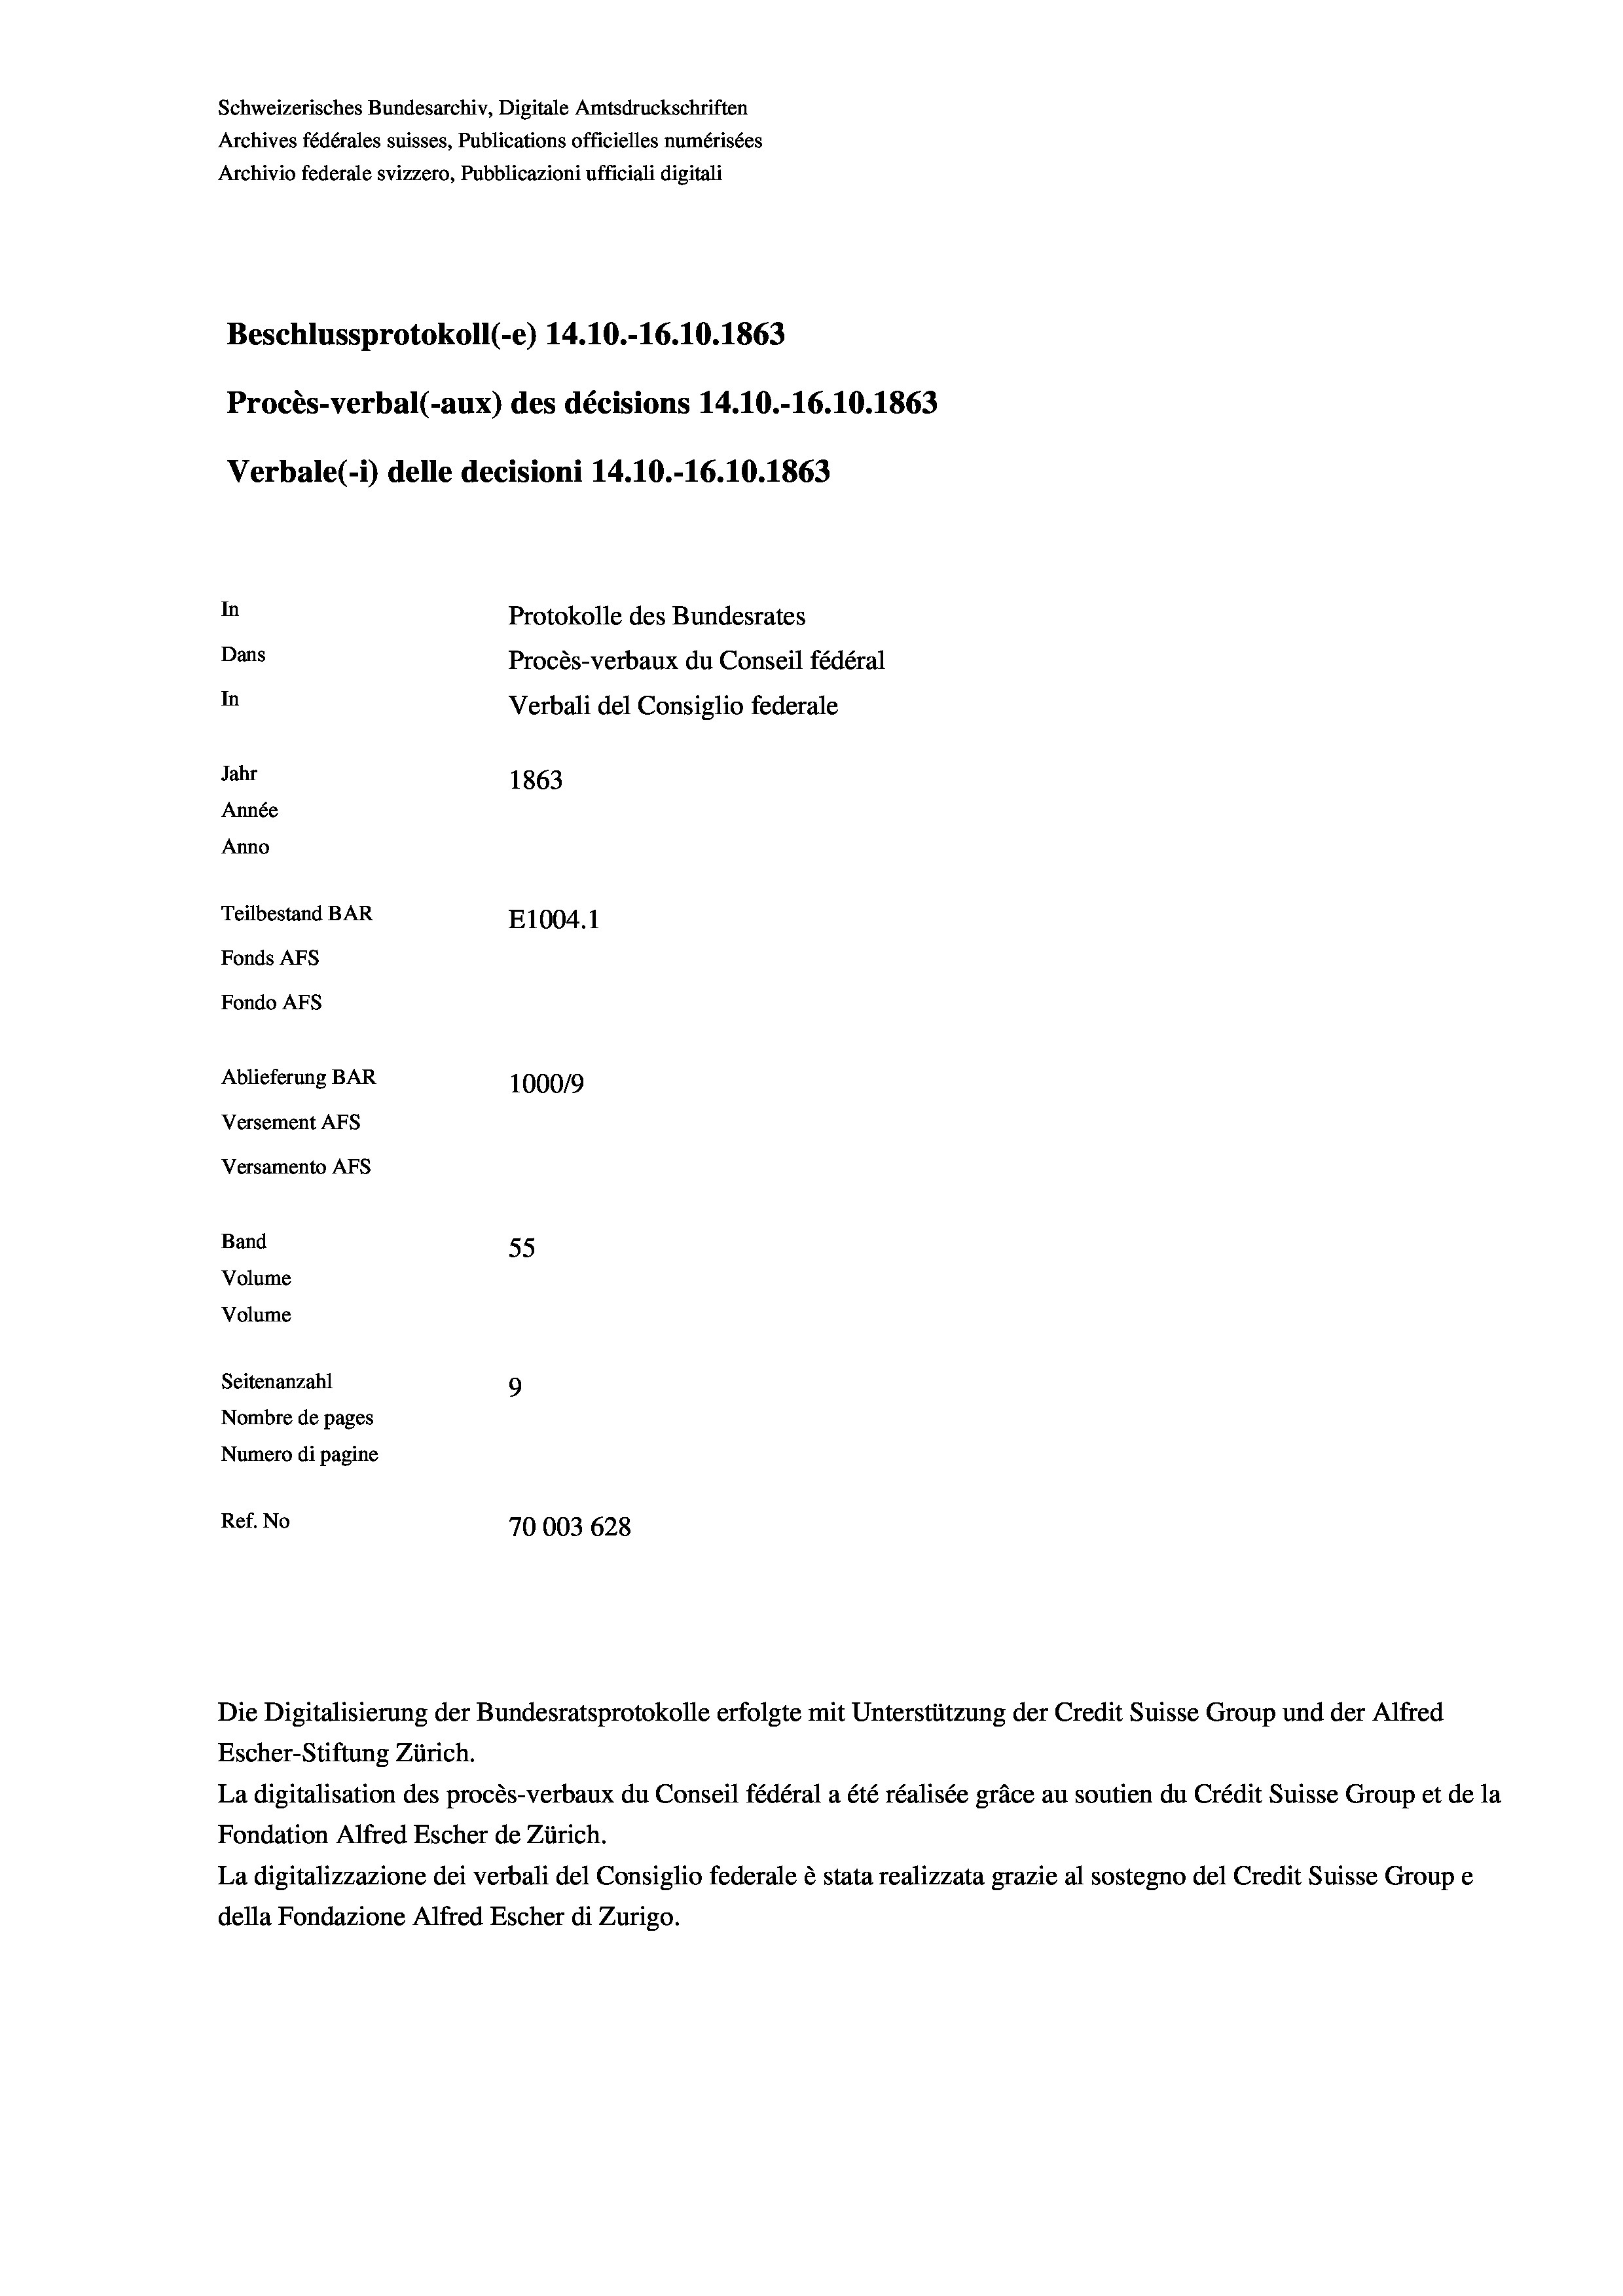
Schweizerisches Bundesarchiv, Digitale Amtsdruckschriften
Archives fédérales suisses, Publications officielles numérisées
Archivio federale svizzero, Pubblicazioni ufficiali digitali
Beschlussprotokoll (-e) 14.10.-16.10. 1863
Procès-verbal (-aux) des décisions 14.10.-16.10.1863
Verbale(-*) delle decisioni 14.10.-16.10.1863
In
Protokolle des Bundesrates
Dans
Procès-verbaux du Conseil fédéral
In
Verbali del Consiglio federale
Jahr
1863
Année
Anno
Teilbestand BAR
E1004.1
Fonds AFs
Fondo AFs
Ablieferung BAR
1000/9
Versement As
Versamento AFs

55
Seitenanzahl
9
Nombre de pages
Numero di pagine
Ref. No
70003 628

Band
Volume
Volume

Escher-Stiftung Zürich.
La digitalisation des procès-verbaux du Conseil fédéral a été réalisée gräce au soutien du Crédit Suisse Group et de la
Fondation Alfred Escher de Zürich.
La digitalizzazione dei verbali del Consiglio federale è stata realizzata grazie al sostegno del Credit Suisse Groupe
della Fondazione Alfred Escher di Zurigo.

Die Digitalisierung der Bundesratsprotokolle erfolgte mit Unterstützung der Credit Suisse Group und der Alfred